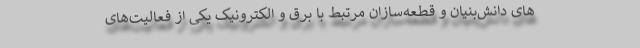
های دانش‌بنیان و قطعه‌سازان مرتبط با برق و الکترونیک یکی از فعالیت‌های